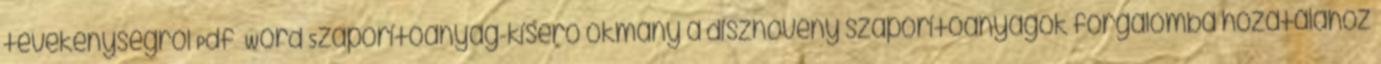
tevékenységről Pdf Word Szaporítóanyag-kísérő okmány a dísznövény szaporítóanyagok forgalomba hozatalához